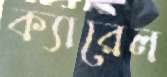
ক্যারেল